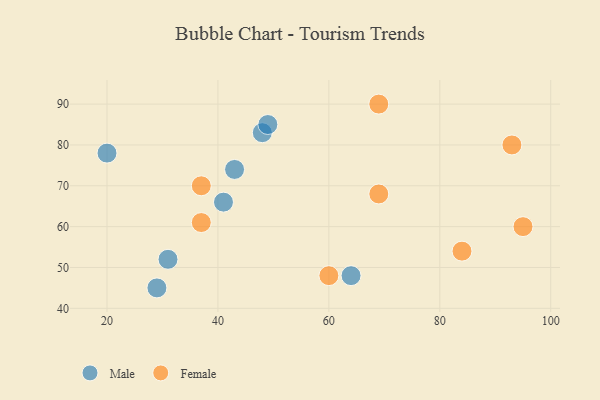
{"axis": {"x": "GDP", "y": "Life Expectancy"}, "legend": ["Female", "Male"], "data": [{"x": "43", "y": 74, "type": "Male"}, {"x": "48", "y": 83, "type": "Male"}, {"x": "20", "y": 78, "type": "Male"}, {"x": "41", "y": 66, "type": "Male"}, {"x": "49", "y": 85, "type": "Male"}, {"x": "64", "y": 48, "type": "Male"}, {"x": "31", "y": 52, "type": "Male"}, {"x": "29", "y": 45, "type": "Male"}, {"x": "69", "y": 68, "type": "Female"}, {"x": "69", "y": 90, "type": "Female"}, {"x": "93", "y": 80, "type": "Female"}, {"x": "37", "y": 70, "type": "Female"}, {"x": "84", "y": 54, "type": "Female"}, {"x": "60", "y": 48, "type": "Female"}, {"x": "37", "y": 61, "type": "Female"}, {"x": "95", "y": 60, "type": "Female"}]}